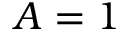
A = 1